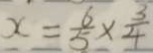
x = \frac { 6 } { 5 } \times \frac { 3 } { 4 }